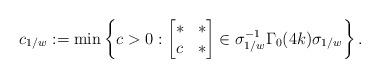
LaTeX: \begin{align*}c_{1/w}:=\min \left\{c >0 :\begin{bmatrix} * & * \\ c &* \end{bmatrix}\in \sigma_{1/w}^{-1} \Gamma_0(4k) \sigma_{1/w} \right\}.\end{align*}